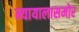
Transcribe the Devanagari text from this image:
न्यायालासमोर